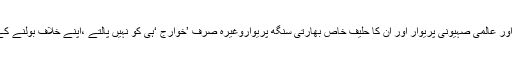
بلکہ موساد ، سی آئی اے ،کے جی بی ،ایم آئی سکس اور عالمی صہیونی پریوار اور اُن کا حلیفِ خاص بھارتی سنگھ پریواروغیرہ صرف ’خوارج ‘ہی کو نہیں پالتے ،اپنے خلاف بولنے کے لیے بہت سی این جی اوز کو بھی پیسے دیتے ہیں !